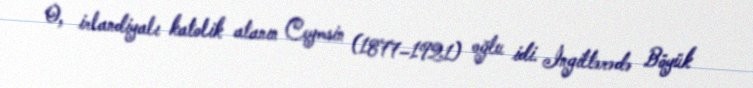
O, irlandiyalı katolik atanın Ceymsin (1877–1921) oğlu idi. İngiltərədə Böyük